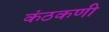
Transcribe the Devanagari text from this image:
कंठकणी